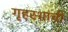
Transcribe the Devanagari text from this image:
गृहस्थांची